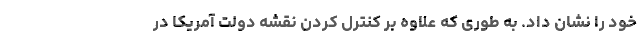
خود را نشان داد. به طوری که علاوه بر کنترل کردن نقشه دولت آمریکا در